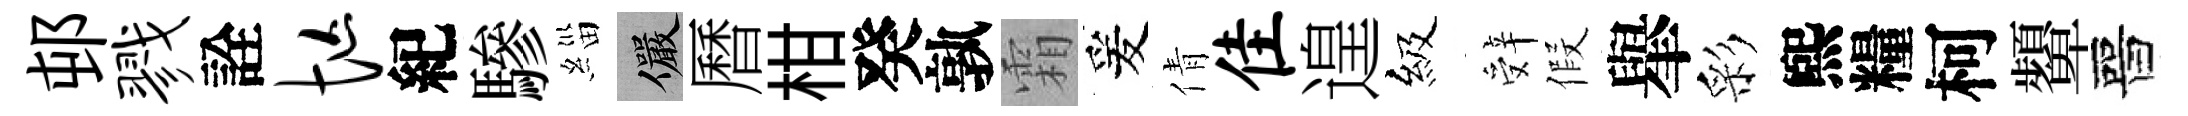
邨戮詮忙紀驂緇儼曆柑癸孰霜爰倩隹遑級辤假𦦙彩煕糧柯顰晉